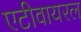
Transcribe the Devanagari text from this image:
एटीवायरल